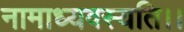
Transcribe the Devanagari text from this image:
नामाध्यवस्यति।।